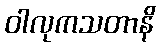
ဝါလုကသတာနိ